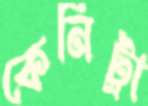
কেনিট্রা